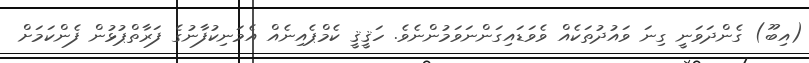
(އިބޫ) ގެންދަވަނީ ގިނަ ވައުދުތަކެއް ވެވަޑައިގަންނަވަމުންނެވެ. ހަޤީޤީ ކެމްޕެއިނެއް އެމަނިކުފާނުގެ ފަރާތްޕުޅުން ފެންކަމަށް